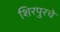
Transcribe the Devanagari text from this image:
शिरपुरचे